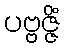
ပဗ္ဗဇ္ဇိံ